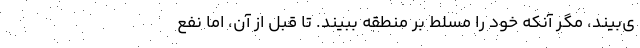
ی‌بیند، مگر آنکه خود را مسلط بر منطقه ببیند. تا قبل از آن، اما نفع